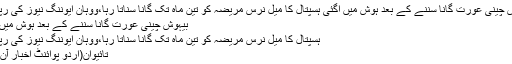
بیہوش چینی عورت گانا سننے کے بعد ہوش میں آگئی ہسپتال کا میل نرس مریضہ کو تین ماہ تک گانا سناتا رہا،ووہان ایوننگ نیوز کی رپورٹ
بیہوش چینی عورت گانا سننے کے بعد ہوش میں آگئی
ہسپتال کا میل نرس مریضہ کو تین ماہ تک گانا سناتا رہا،ووہان ایوننگ نیوز کی رپورٹ
تائیوان(اُردو پوائنٹ اخبار آن لائن۔